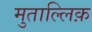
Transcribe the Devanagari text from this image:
मुताल्लिक़